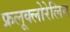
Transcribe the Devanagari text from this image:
फ्रलूक्लोरेलिन